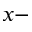
x -